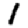
Digit: 1